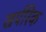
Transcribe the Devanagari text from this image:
खर्परिक